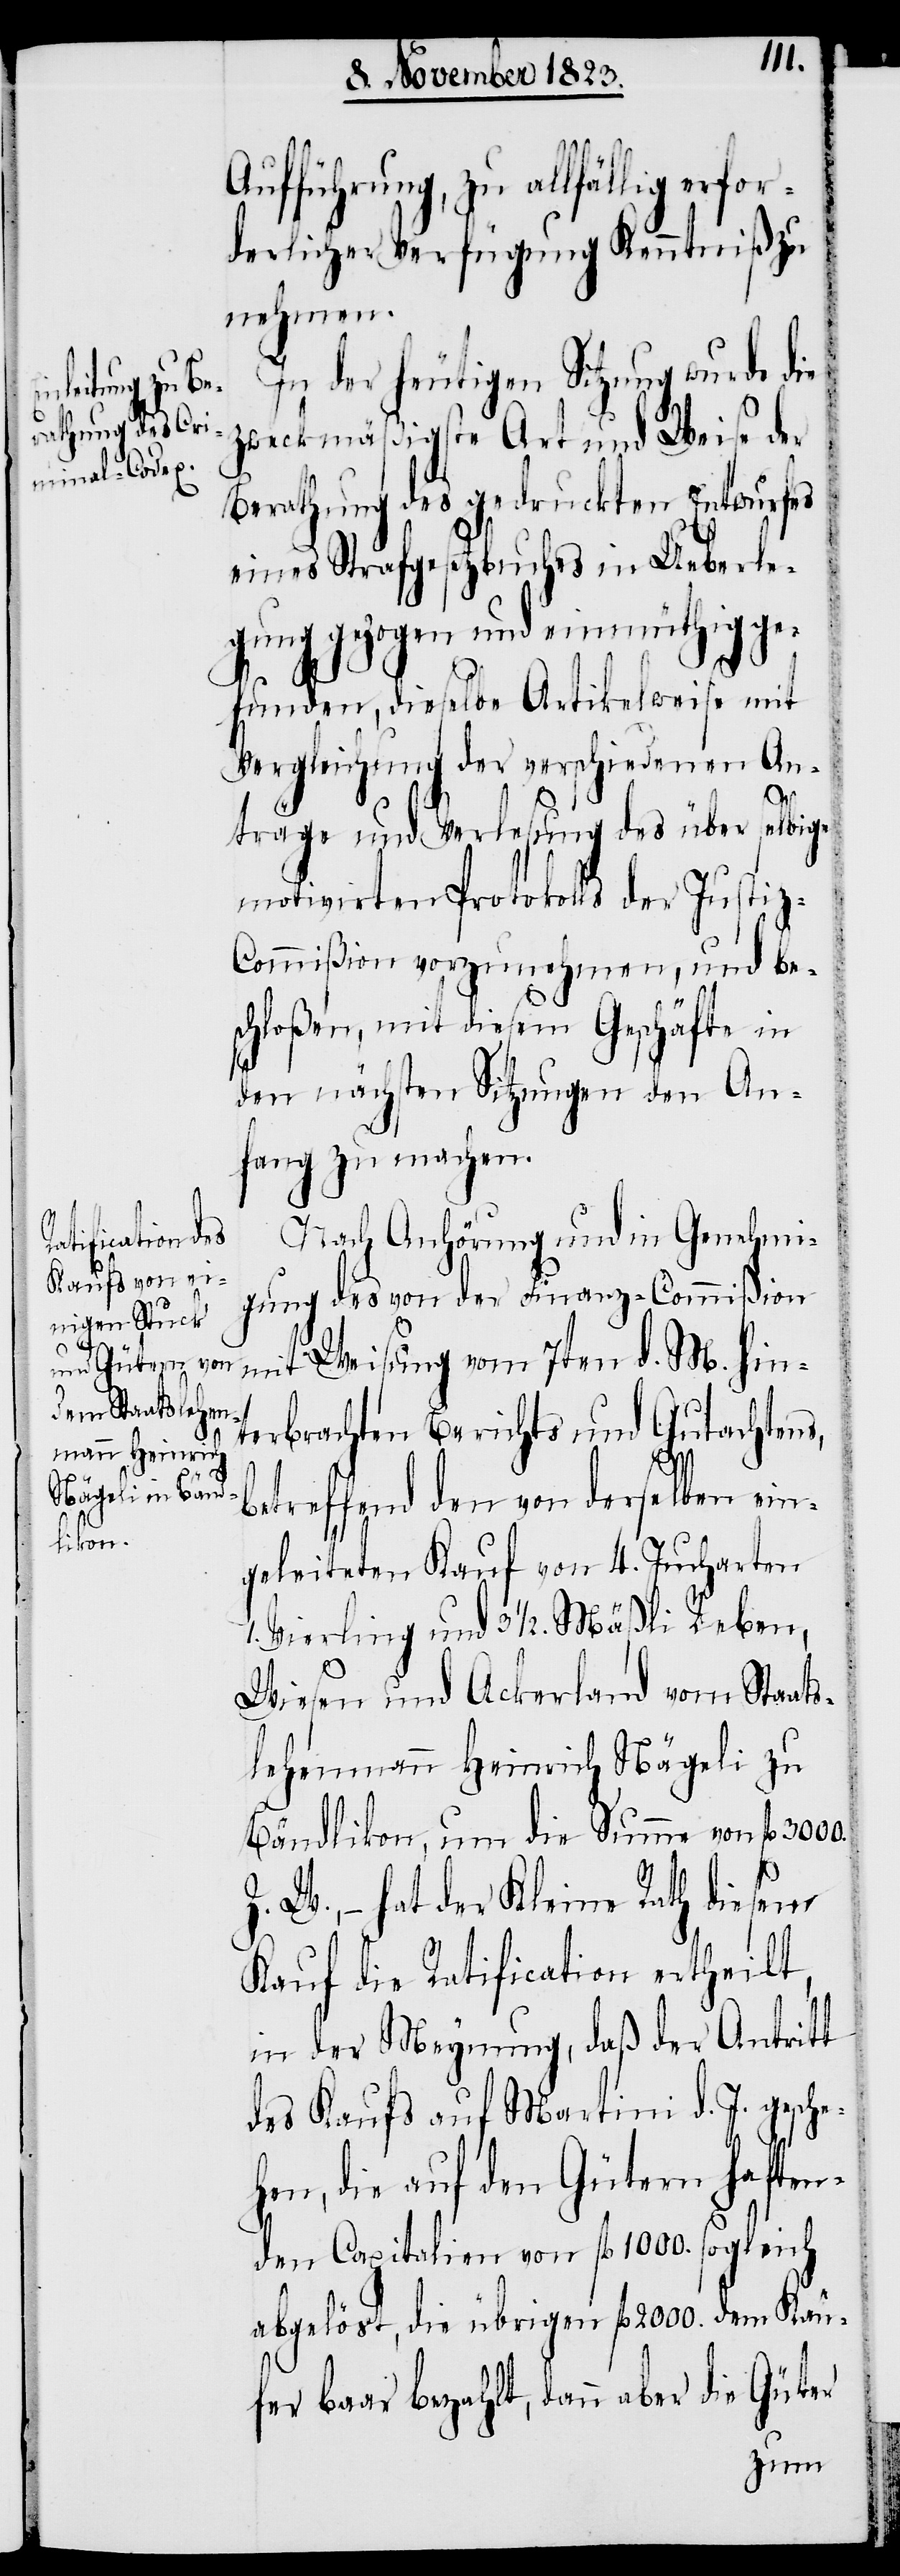
1.
Aufführung, zu allfällig erf¬
derlicher Verfügung Kenntniß zu
nehmen.
In der heutigen Sitzung wurde die
zweckmäßigste Art und Weise der
Berathung des gedruckten Entwurfes
eines Strafgesetzbuches in Ueberle¬
gung gezogen und einmüthig ge¬
funden, dieselbe Artikelweise mit
Vergleichung der verschiedenen An¬
or¬
träge und Verlesung des über selbige
motivirten Protokolls der Justiz-C¬
ommißion vorzunehmen, und be¬
schloßen, mit diesem Geschäfte in
den nächsten Sitzungen den An¬
fang zu machen.
Nach Anhörung und in Genehmi¬
gung des von der Finanz-Commißion
mit Weisung vom 7ten d. M. hin¬
terbrachten Berichts und Gutachtens,
betreffend den von derselben ein¬
geleiteten Kauf von 4. Jucharten
Vierling und 3 ½. Mäßli Reben,
Wiesen und Ackerland vom Staats¬
lehenmann Heinrich Nägeli zu
Bändlikon, um die Summe von fl 3000.
Z. W., − hat der Kleine Rath diesem
Kauf die Ratification ertheilt,
in der Meynung, daß der Antritt
des Kaufs auf Martini d. J. gesche¬
hen, die auf den Gütern haften¬
den Capitalien von fl 1000. sogleich
abgelöst, die übrigen fl 2000. dem Käu¬
fer baar bezahlt, dann aber die Güter